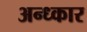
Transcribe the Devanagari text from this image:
अन्ध्कार